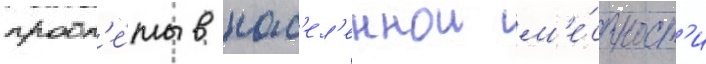
пробл'е́мы в нас'ел'еннои м'е́стност'и